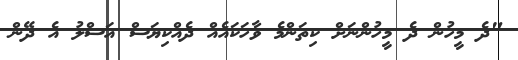
"ދެ މީހުން ދެ މީހުންނަށް ކިތަންމެ ވާހަކައެއް ދެއްކިޔަސް އަސްލު އެ ދޭން